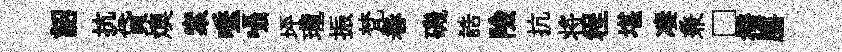
詔抗貸燠案唾囁坪瓏振梵巻磯誥險抗将程堪凄兼□撥膳